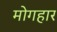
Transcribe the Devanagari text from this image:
मोगहार